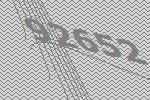
92652